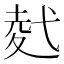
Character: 𭚢